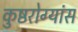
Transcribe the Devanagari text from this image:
कुष्ठरोग्यांस